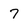
Character: 7